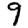
Digit: 9